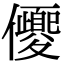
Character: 𠑍